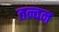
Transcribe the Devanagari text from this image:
तन्वन